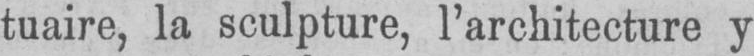
tuaire, la sculpture, l’architecture y